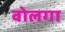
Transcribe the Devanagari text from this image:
वोलगा